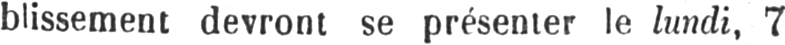
blissement devront se présenter le lundi, 7